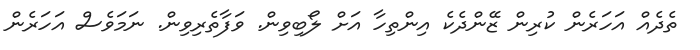
ތެދެއް އަހަރެން ކުރިން ޒޭންދެކެ އިންތިހާ އަށް ލޯބިވިން. ވަފާތެރިވިން. ނަމަވެސް އަހަރެން